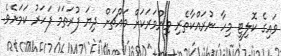
ވައިގެ ކޮލިޓީ މިހާ ނުރައްކާތެރި މިންވަރަކަށް މައްޗަށް ދިޔަ ފުރަތަމަ ފަހަރު ކަމަށެވެ.